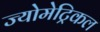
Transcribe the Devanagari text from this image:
ज्योमेट्रिकल